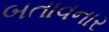
બતાવનાર